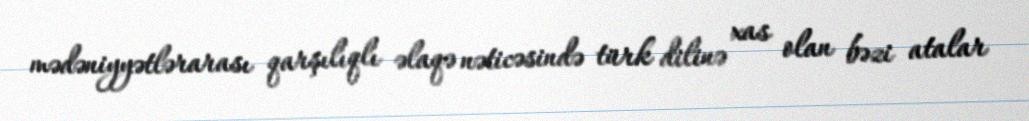
mədəniyyətlərarası qarşılıqlı əlaqə nəticəsində türk dilinə xas olan bəzi atalar